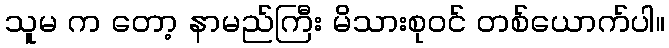
သူမ က တော့ နာမည်ကြီး မိသားစုဝင် တစ်ယောက်ပါ။